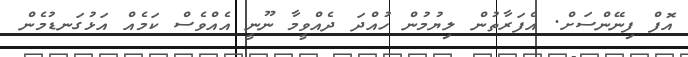
އޮފް ފިނޭންސަށް. އެފަރާތުން ލިޔުމުން ހުއްދަ ދެއްވީމާ ނޫނީ އެއްވެސް ކަމެއް އަޅުގަނޑުމެން